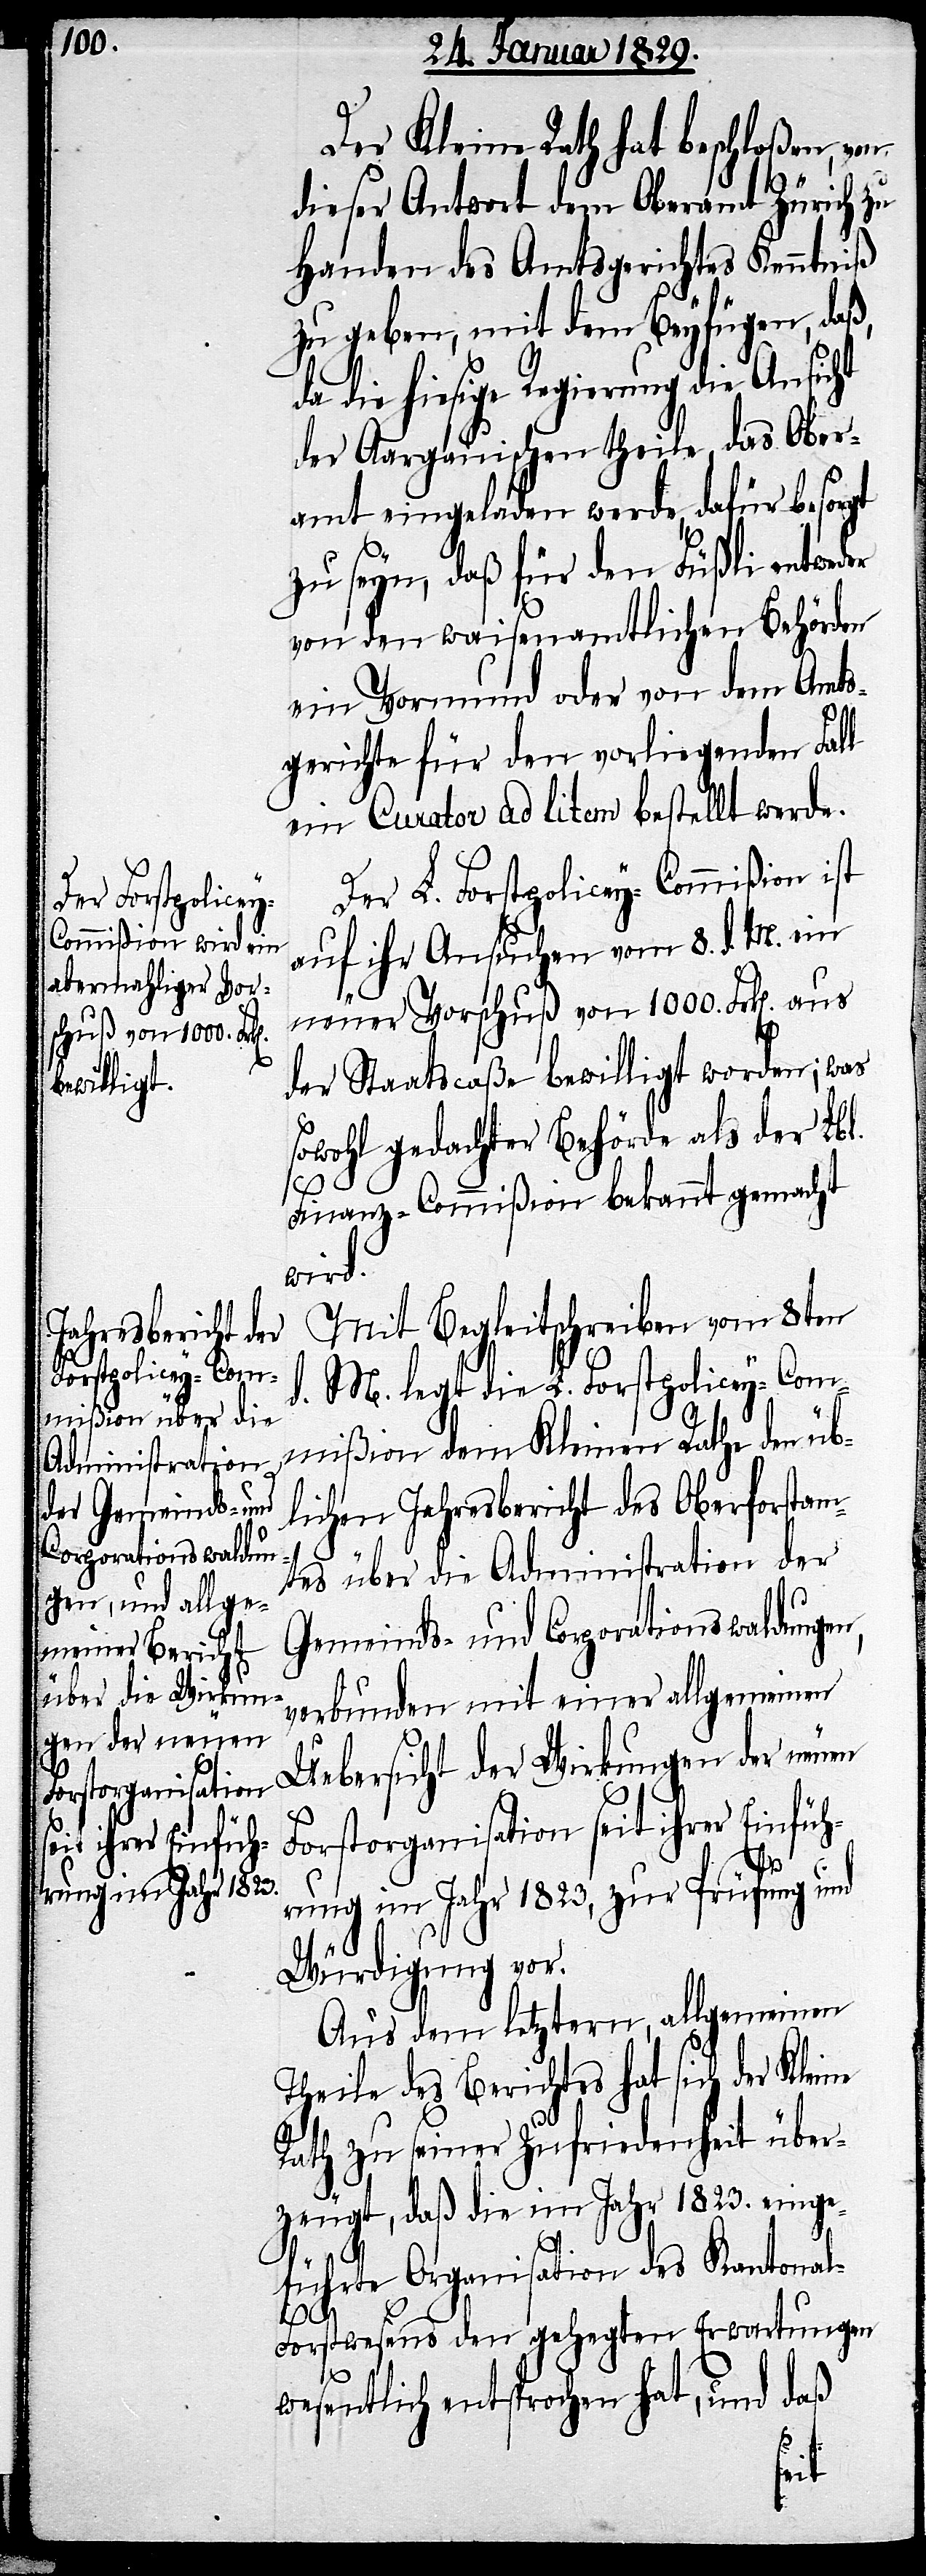
Der Kleine Rath hat beschloßen, von
dieser Antwort dem Oberamt Zürich zu
Handen des Amtsgerichtes Kenntniß
zu geben, mit dem Beyfügen, daß,
da hiesige Regierung die Ansicht
der Aargauischen theile, das Ober¬
amt eingeladen werde, dafür besorgt
zu seyn, daß für den Füßli entweder
von den waisenamtlichen Behörden
ein Vormund oder von dem Amts¬
gerichte für den vorliegenden Fall
ein Curator ad litem bestellt werde.
Der L. Forstpolicey-Commißion ist
auf ihr Ansuchen vom 8. d. M. ein
neuer Vorschuß von 1000. Frk[en].
der Staatscaße bewilligt worden; was
sowohl gedachter Behörde als der Lbl.
Finanz-Commißion bekannt gemacht
wird.
Mit Begleitschreiben vom 8ten
M. legt die L. Forstpolicey-Com¬
ne
mißion dem Kleinen Rathe den üb¬
lichen Jahresbericht des Oberforstam¬
tes über die Administration der
Gemeinds- und Corporationswaldungen,
verbunden mit einer allgemeinen
Uebersicht der Wirkungen der neuen
Forstorganisation seit ihrer Einfüh¬
rung im Jahr 1823, zur Prüfung und
Würdigung vor.
Aus dem letztern, allgmeinen
Theile des Berichtes hat sich der Klei¬
Rath zu seiner Zufriedenheit über¬
zeugt, daß die im Jahr 1823. einge¬
führte Organisation des Kantona¬
orstwesens den gehegten Erwartungen
sentlich entsprochen hat, und daß
we¬